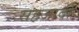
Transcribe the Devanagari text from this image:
सहजादी